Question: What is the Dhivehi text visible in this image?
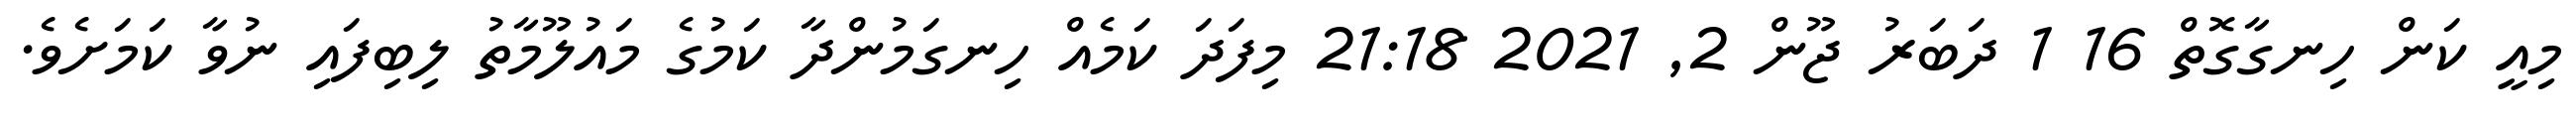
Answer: މިއީ ކަން ހިނގާގޮތް 16 1 ދަބަރު ޖޫން 2, 2021 21:18 މިފަދަ ކަމެއް ހިނގަމުންދާ ކަމުގެ މައުލޫމާތު ލިބިފައި ނުވާ ކަމަށެވެ.